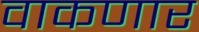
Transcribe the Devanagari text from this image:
वाकणार